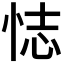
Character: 𢙺